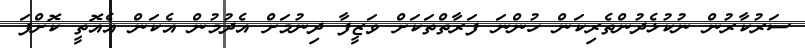
ސަރުކާރުން ނުކުޅެދުންތެރިކަން ހުންނަ ފަރާތްތަކަށް ވަޒީފާ ދިނުމަށް އެދުމުން އެކަން އެއޮތީ ކޮށްފަ